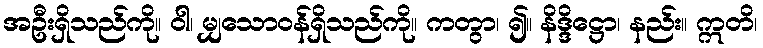
အဦးရှိသည်ကို။ ဝါ၊ မျှသောဝန်ရှိသည်ကို။ ကတွာ၊ ၍။ နိဒ္ဒိဋ္ဌော၊ နည်း။ ဣတိ၊